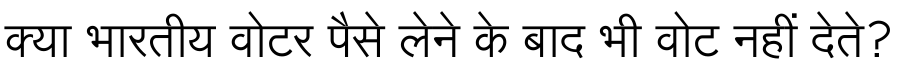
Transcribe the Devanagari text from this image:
क्या भारतीय वोटर पैसे लेने के बाद भी वोट नहीं देते?